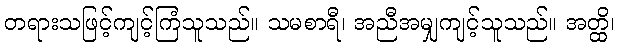
တရားသဖြင့်ကျင့်ကြံသူသည်။ သမစာရီ၊ အညီအမျှကျင့်သူသည်။ အတ္ထိ၊